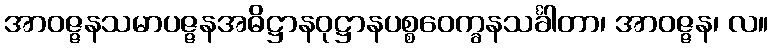
အာဝဇ္ဇနသမာပဇ္ဇနအဓိဋ္ဌာနဝုဋ္ဌာနပစ္စဝေက္ခနသင်္ခါတာ၊ အာဝဇ္ဇန၊ လ။